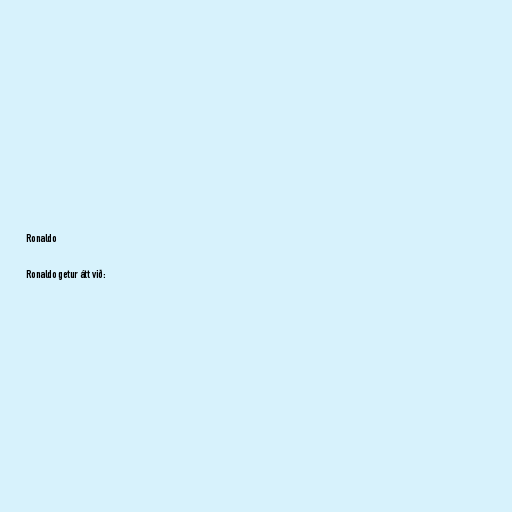
Ronaldo

Ronaldo getur átt við: